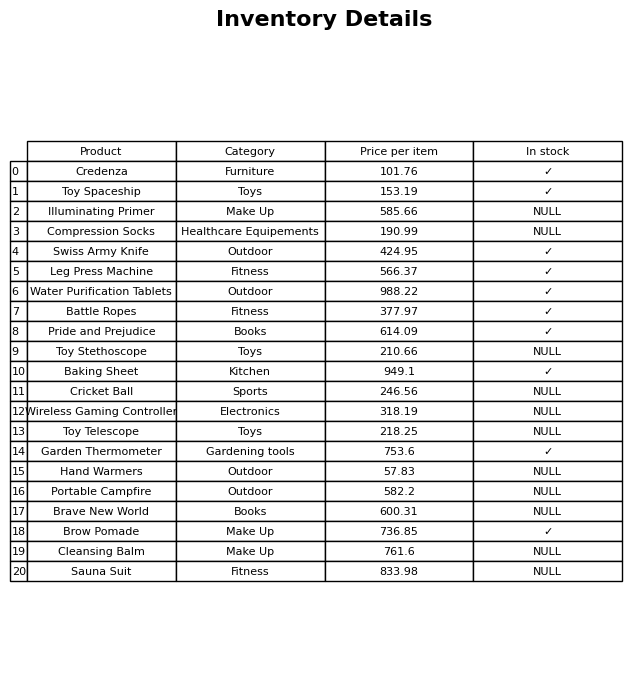
question: What is the price for Sauna Suit?
answer: The price of Sauna Suit is 833.98.